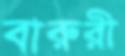
বারুরী